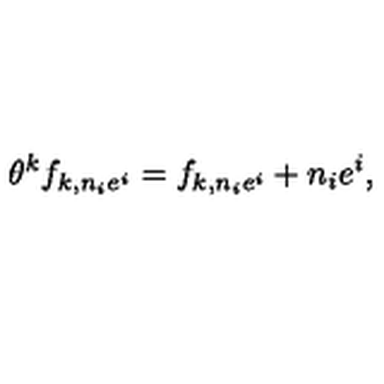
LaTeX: \theta ^ { k } f _ { k , n _ { i } e ^ { i } } = f _ { k , n _ { i } e ^ { i } } + n _ { i } e ^ { i } ,